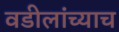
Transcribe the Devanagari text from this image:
वडीलांच्याच